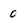
Character: 0